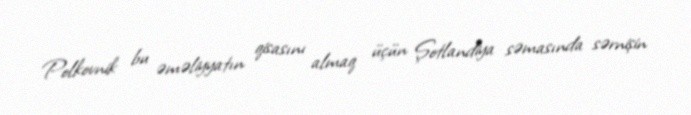
Polkovnik bu əməliyyatın qisasını almaq üçün Şotlandiya səmasında sərnişin